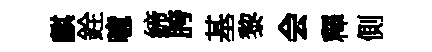
麒銓噫締胯基黎会釋側